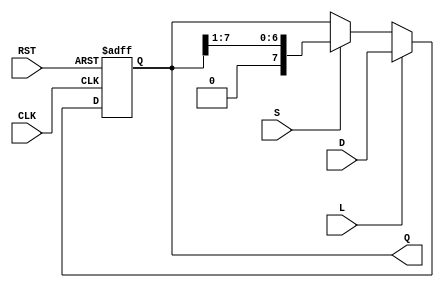
module shift_register #(
    parameter WIDTH = 8  // Parameter to define the width of the shift register
)(
    input wire CLK,      // Clock input
    input wire RST,      // Asynchronous reset input
    input wire L,        // Load control
    input wire S,        // Shift control
    input wire [WIDTH-1:0] D, // Data input
    output reg [WIDTH-1:0] Q   // Shift register output
);

// Asynchronous reset block
always @(posedge CLK or posedge RST) begin
    if (RST) begin
        // Reset output to 0 when reset is active
        Q <= {WIDTH{1'b0}};
    end else if (L) begin
        // Load the input data D into the shift register
        Q <= D;
    end else if (S) begin
        // Shift the register to the right
        Q <= {1'b0, Q[WIDTH-1:1]}; // Right shift with zero-fill
    end
    // No operation if neither Load nor Shift control is active
end

endmodule